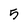
Character: 5